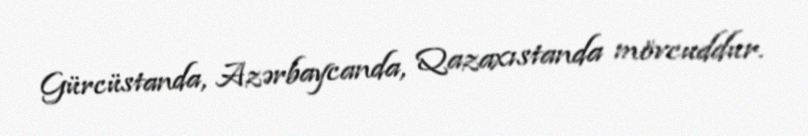
Gürcüstanda, Azərbaycanda, Qazaxıstanda mövcuddur.